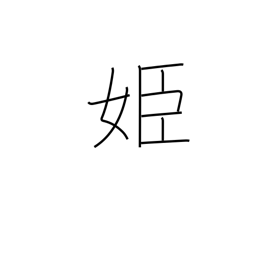
Meaning: princess